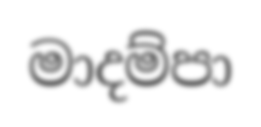
මාදම්පා